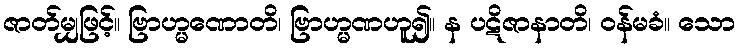
ဇာတ်မျှဖြင့်။ ဗြာဟ္မဏောတိ၊ ဗြာဟ္မဏဟူ၍။ န ပဋိဇာနာတိ၊ ဝန်မခံ။ သော